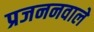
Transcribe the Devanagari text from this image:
प्रजननवाले